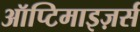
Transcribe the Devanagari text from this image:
ऑप्टिमाइज़र्स